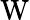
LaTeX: \mathrm{W}